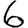
Digit: 6